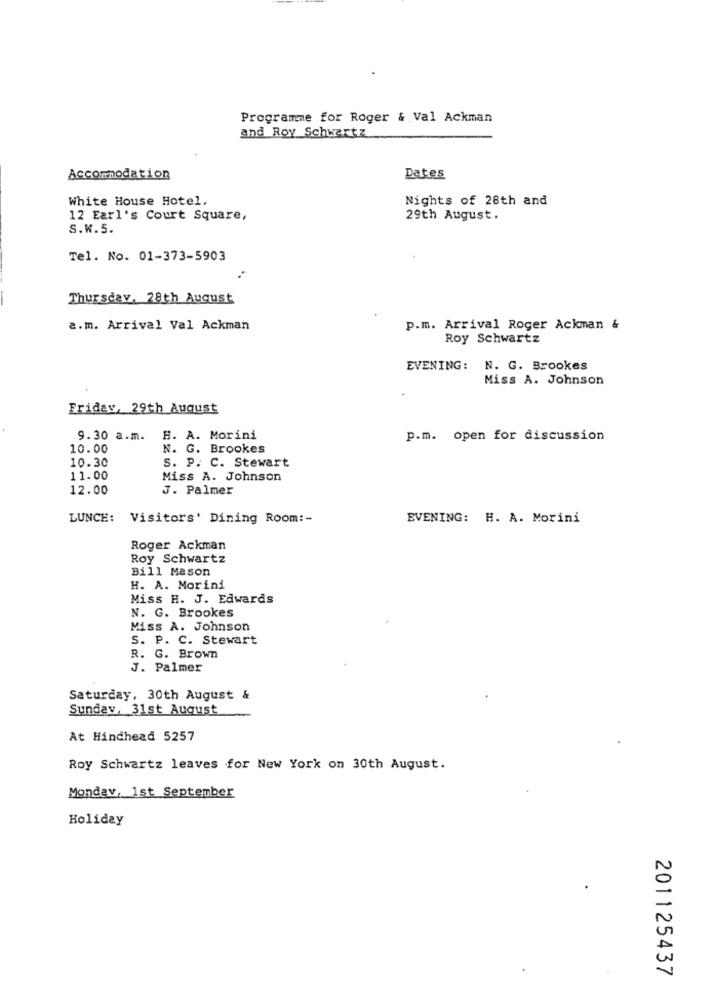
Programme for Roger & Val Ackman
and Roy Schwartz
Accommodation
Dates
White House Hotel,
Nights of 28th and
12 Earl's Court Square,
29th August.
S.w.5.
Tel. No. 01-373-5903
Thursday, 28th August
a.m. Arrival Val Ackman
p.m. Arrival Roger Ackman &
Roy Schwartz
EVENING:
N. G. Brookes
Miss A. Johnson
Friday, 29th August
9.30 a.m.
H. A. Morini
p.m. open for discussion
10.00
N. G. Brookes
10.30
S. P. C. Stewart
11.00
Miss A. Johnson
12.00
J. Palmer
LUNCH: Visitors' Dining Room :-
EVENING: H. A. Morini
Roger Ackman
Roy Schwartz
Bill Mason
H. A. Morini
Miss H. J. Edwards
N. G. Brookes
Miss A. Johnson
S. P. C. Stewart
R. G. Brown
J. Palmer
Saturday, 30th August &
Sundav, 31st August
At Hinchead 5257
Roy Schwartz leaves for New York on 30th August.
Mondev, 1st September
Holiday
201125437